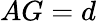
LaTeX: AG=d